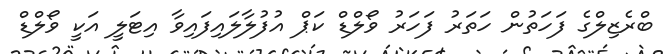
ބްރެޒިލްގެ ފަހަތުން ހަތަރު ފަހަރު ވޯލްޑް ކަޕް އުފުލާލައިފައިވާ އިޓަލީ އަކީ ވޯލްޑް